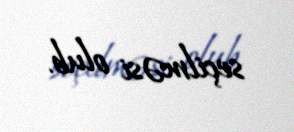
seçilməsi olub.